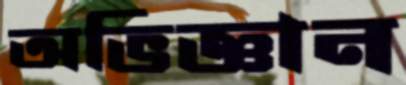
অভিজ্ঞান